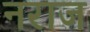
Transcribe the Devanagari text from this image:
नराज